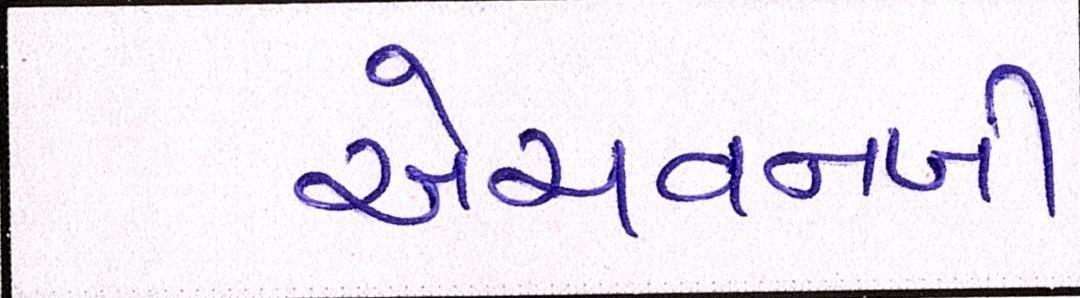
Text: એચવનબી